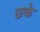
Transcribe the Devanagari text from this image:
छके